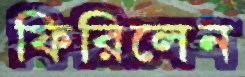
ফিরিলেন